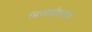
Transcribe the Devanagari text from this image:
मिनीयौस्टामें